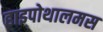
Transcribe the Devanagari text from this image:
हाइपोथालमस